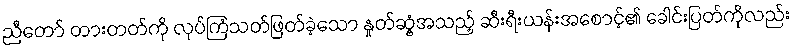
ညီတော် တားတတ်ကို လုပ်ကြံသတ်ဖြတ်ခဲ့သော နှုတ်ဆွံ့အသည့် ဆီးရီးယန်းအစောင့်၏ ခေါင်းပြတ်ကိုလည်း